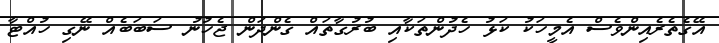
އޭގެތެރެއިންވެސް އެމީހަކު ކަޅު ހެދުންތަކާއި ބުރުގާތައް ގެންދަން ޖެހުނު ސަބަބެއް ނޭގި ހުއްޓާ